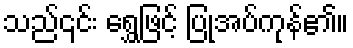
သည်၎င်း ရွှေဖြင့် ပြုအပ်ကုန်၏။